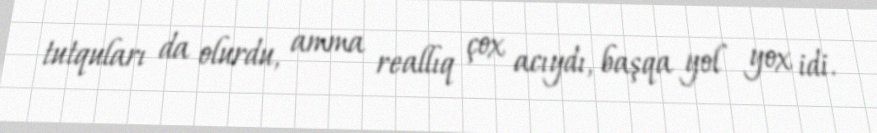
tutquları da olurdu, amma reallıq çox acıydı, başqa yol yox idi.